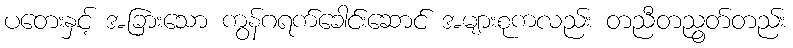
ပတေးနှင့် အခြားသော ကွန်ဂရက်ခေါင်းဆောင် အများစုကလည်း တညီတညွတ်တည်း